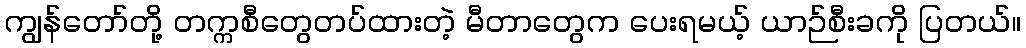
ကျွန်တော်တို့ တက္ကစီတွေတပ်ထားတဲ့ မီတာတွေက ပေးရမယ့် ယာဉ်စီးခကို ပြတယ်။